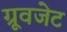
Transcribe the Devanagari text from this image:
ग्रूवजेट